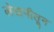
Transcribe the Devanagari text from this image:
लेखनीतून